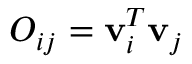
O _ { i j } = { \bf v } _ { i } ^ { T } { \bf v } _ { j }